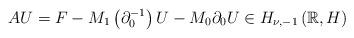
LaTeX: \begin{align*}AU=F-M_{1}\left(\partial_{0}^{-1}\right)U-M_{0}\partial_{0}U\in H_{\nu,-1}\left(\mathbb{R},H\right)\end{align*}